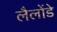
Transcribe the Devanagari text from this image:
लैलोंडे